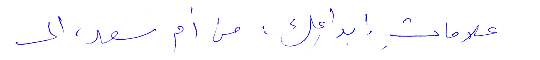
علامات ابداعِك: من أم سعد، الى